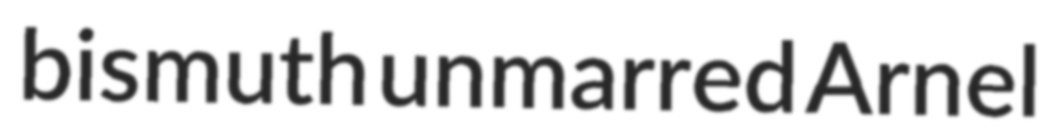
bismuth unmarred Arnel